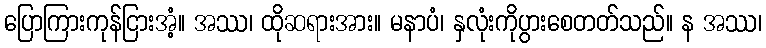
ပြောကြားကုန်ငြားအံ့။ အဿ၊ ထိုဆရားအား။ မနာပံ၊ နှလုံးကိုပွားစေတတ်သည်။ န အဿ၊